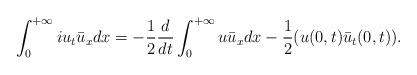
LaTeX: \begin{align*}\int_0^{+\infty}iu_t\bar{u}_x dx=-\frac12\frac{d}{dt}\int_0^{+\infty}u\bar{u}_x dx-\frac12(u(0,t)\bar{u}_t(0,t)).\end{align*}